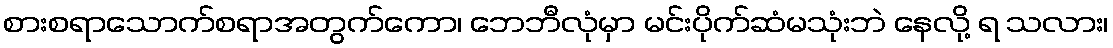
စားစရာသောက်စရာအတွက်ကော၊ ဘေဘီလုံမှာ မင်းပိုက်ဆံမသုံးဘဲ နေလို့ ရ သလား၊